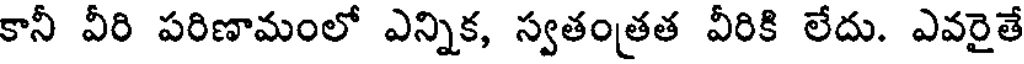
కానీ వీరి పరిణామంలో ఎన్నిక, స్వతంతత వీరికి లేదు. ఎవరైతే